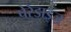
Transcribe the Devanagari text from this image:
पेरेडाइज